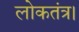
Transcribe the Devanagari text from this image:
लोकतंत्र।